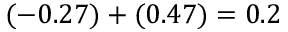
( - 0 . 2 7 ) + ( 0 . 4 7 ) = 0 . 2